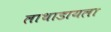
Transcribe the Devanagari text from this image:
लाथाडायला